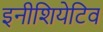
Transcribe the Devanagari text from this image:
इनीशियेटिव